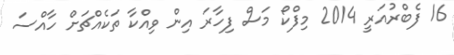
16 ފެބްރުއަރީ 2014 މިފްކޯ މަސް ފިހާރަ އިން ވިއްކާ ތަކެއްޗަށް ހާއްސަ